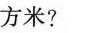
方米?